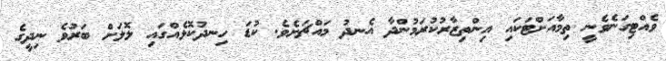
ވެއްޓިގަނެވެނީ ތިމާއަށްޓަކައި އިންތިޒާރުކުރަމުންދާ އެނދު މައްޗަށެވެ. ކުޑަ ހިނދުކޮޅެއްގައި ލޮލަށް ބަރުވެ ނިދީގެ